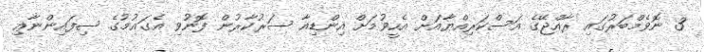
3 ނޮވެމްބަރުގައި ރާއްޖޭގެ އަސްކަރިއްޔާއަށް އެހީވުމަށް އިންޑިއާ ސަރުކާރުން ފޮނުވި އެގައުމުގެ ސިފައިންނާޢި